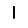
Digit: 1